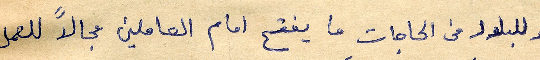
وللبلاد من الحاجات ما يفتح امام العاملين مجالاً للعمل